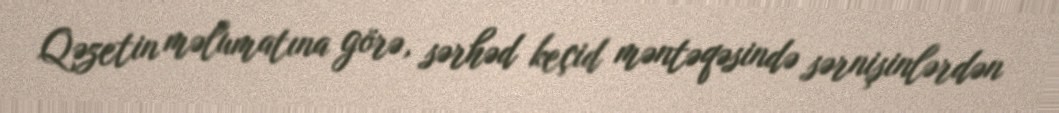
Qəzetin məlumatına görə, sərhəd keçid məntəqəsində sərnişinlərdən